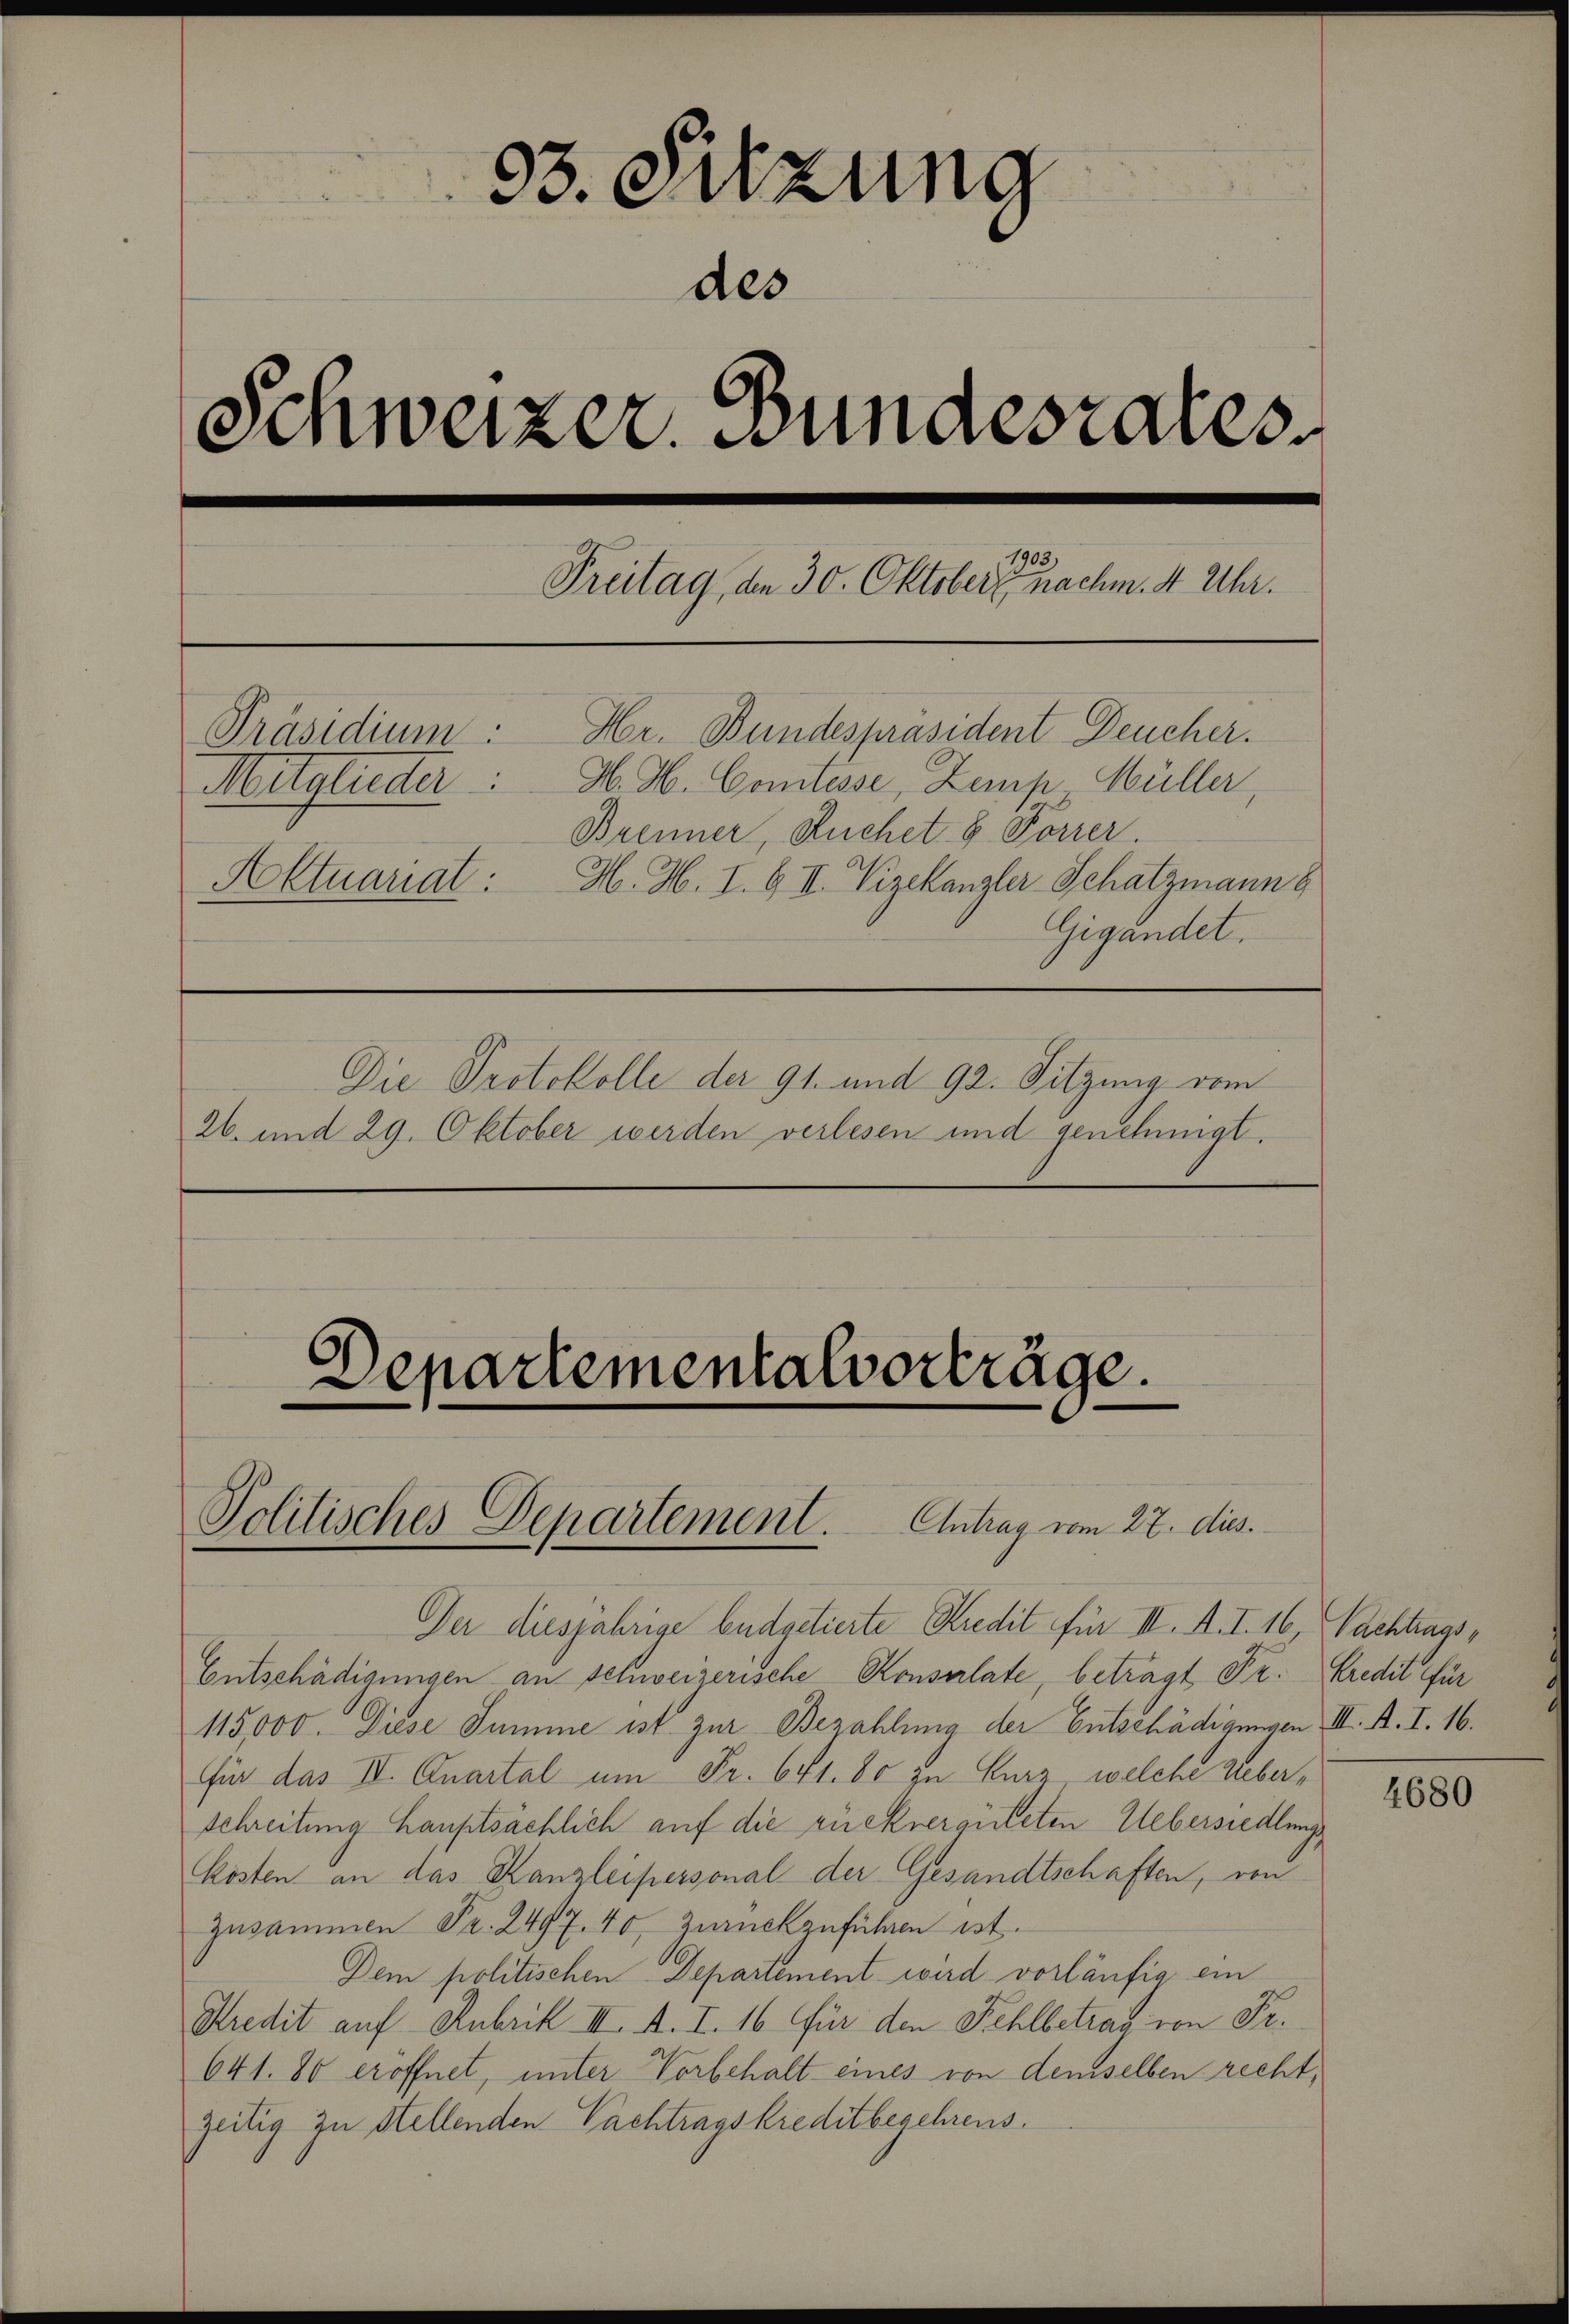
93. Sitzung
des
Schweizer Bundesrates

Freitag, den 30. Oktober er nachm. 4 Uhr.
Hr. Bundespräsident Deucher.
Präsidium:
Mitglieder: H. H. Comtesse, Zamp Müller,
Brenner, Kuchet 8. Forrer.
Aktuariat: H. H. I. & II. Vizekanzler-Schatzmann b
Gigandet.
Die Protokolle der 91. und 92. Sitzung vom
26. und 29. Oktober werden verlesen und genehmigt.

Departementalvorträge.

Politisches Departement. Antrag vom 27. dies.

Der diesjährige Budgetierte Kredit für II. A. I. 16, Nachtrags¬
Entschädigungen an schweizerische Konsertate, beträgt Fr. Kredit für
115,000. Diese Summe ist zur Bezahlung der Entschädigungen III. A. I. 16.
für das II. Quartal um Fr. 641. 80 zu kurz, welche Ueberschreitung hauptsächlich auf die rückvergüteten Uebersiedlungs
kosten an das Kanzleipersonal der Gesandtschaften, von
Zusammen Fr. 2497. 40, zurückzuführen ist.
Dem politischen Departement wird vorläufig ein
Kredit auf Rubrik II. A. I. 16 für den Fehlbetrag von Fr.
641. 80 eröffnet, unter Vorbehalt eines von demselben recht,
zeitig zu stellenden Pachtragskreditbegehrens.

4680